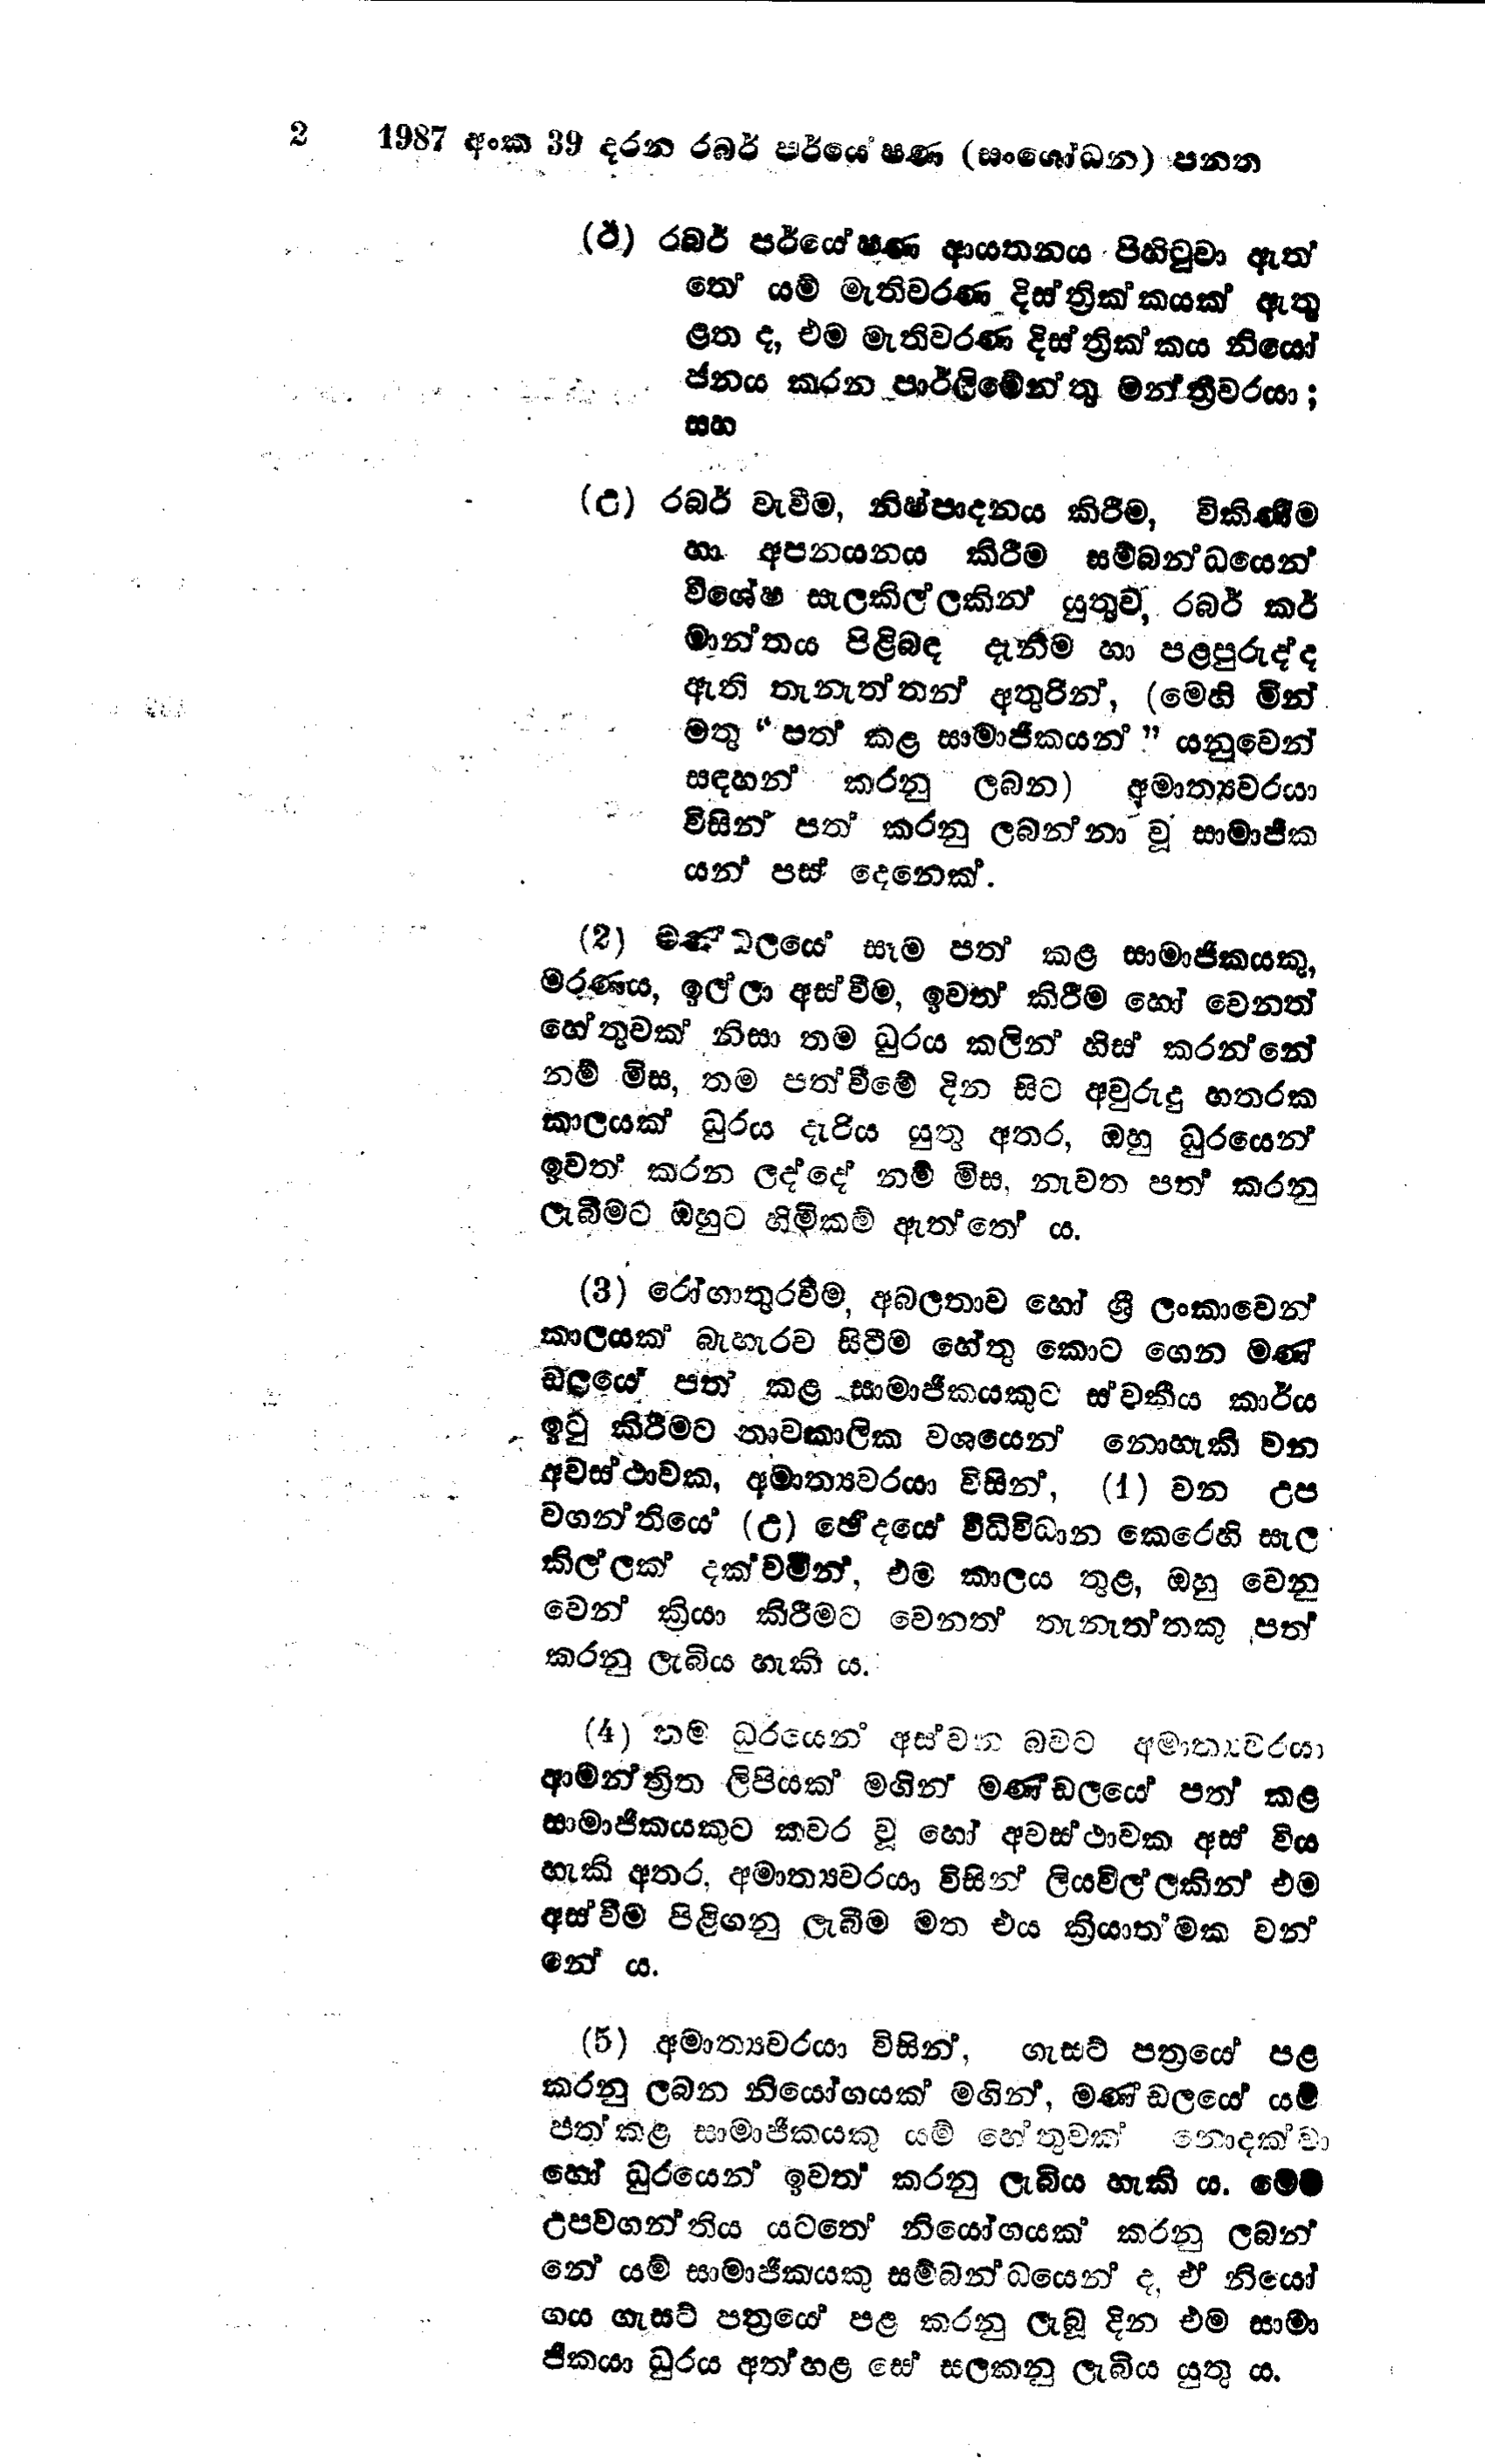
2 1987 අංක 39 දරන රබර් පර්යේෂණ (සංශෝධන) පනත

(ඊ) රබර් පර්යේෂණ ආයතනය පිහිටුවා ඇත්
තේ යම් මැතිවරණ දිස්ත්‍රික්කයක් ඇතු
ළත ද, එම මැතිවරණ දිස්ත්‍රික්කය නියෝ
ජනය කරන පාර්ලිමේන්තු මන්ත්‍රීවරයා;
සහ

(උ) රබර් වැවීම, නිෂ්පාදනය කිරීම, විකිණීම
හා අපනයනය කිරීම සම්බන්ධයෙන්
විශේෂ සැලකිල්ලකින් යුතුව, රබර් කර්
මාන්තය පිළිබඳ දැනීම හා පළපුරුද්ද
ඇති තැනැත්තන් අතුරින්, (මෙහි මින්
මතු "පත් කළ සාමාජිකයන් " යනුවෙන්
සඳහන් කරනු ලබන) අමාත්‍යවරයා
විසින් පත් කරනු ලබන්නා වූ සාමාජීක
යන් පස් දෙනෙක්

(2) මණ්ඩල‍යේ සෑම පත් කළ සාමාජිකයකු,
මරණය, ඉල්ලා අස්වීම, ඉවත් කිරීම හෝ වෙනත්
හේතුවක් නිසා තම ධුරය කලින් හිස් කරන්නේ
නම් මිස, තම පත්වීමේ දින සිට අවුරුදු හතරක
කාලයක් ධුරය දැරිය යුතු අතර, ඔහු ධුරයෙන්
ඉවත් කරන ලද්දේ නම් මිස, නැවත පත් කරනු
ලැබීමට ඔහුට හිමිකම් ඇත්තේ ය.

(3) රෝගාතුර වීම, අබලතාව හෝ ශ්‍රී ලංකාවෙන්
කාලයක් බැහැරව සිටීම හේතු කොට ගෙන මණ්
ඩලයෙ පත් කළ සාමාජිකයකුට ස්වකීය කාර්ය
ඉටු කිරීමට තාවකාලික වශයෙන් නොහැකි වන
අවස්ථාවක, අමාත්‍යවරයා විසින්, (1) වන උප
වගන්තියෙ (උ) ඡේදයේ විධිවිධාන කෙරෙහි සැල
කිල්ලක් දක්වමින්, එම කාලය තුළ, ඔහු වෙනු
වෙන් ක්‍රියා කිරීමට වෙනත් තැනැත්තකු පත්
කරනු ලැබිය හැකි ය.

(4) තම ධුරයෙන් අස්වන බවට අමාත්‍යවරයා
ආමන්ත්‍රිත ලිපියක් මගින් මණ්ඩලයේ පත් කළ
සාමාජිකයකුට කවර වූ හෝ අවස්ථාවක අස් විය
හැකි අතර, අමාත්‍යවරයා විසින් ලියවිල්ලකින් එම
අස්වීම පිළිගනු ලැබීම මත එය ක්‍රියාත්මක වන්
නේ ය.

(5) අමාත්‍යවරයා විසින්, ගැසට් පත්‍රයේ පළ
කරනු ලබන නියෝගයක් මගින්, මණ්ඩලයේ යම්
පත් කළ සාමාජිකයකු යම් හේතුවක් නොදක්වා
හෝ ධුරයෙන් ඉවත් කරනු ලැබිය හැකි ය. මෙම
උපවගන්තිය යටතේ නියෝගයක් කරනු බන්
නේ යම් සාමාජිකයකු සම්බන්ධයෙන් ද, ඒ නියෝ
ගය ගැසට් පත්‍රයේ පළ කරනු ලැබූ දින එම සාමා
ජීකයා ධුරය අත්හළ සේ සලකනු ලැබිය යුතු ය.